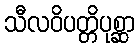
သီလဝိပတ္တိပုစ္ဆာ